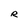
Character: R